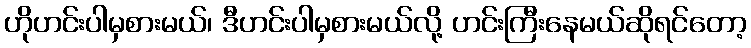
ဟိုဟင်းပါမှစားမယ်၊ ဒီဟင်းပါမှစားမယ်လို့ ဟင်းကြီးနေမယ်ဆိုရင်တော့